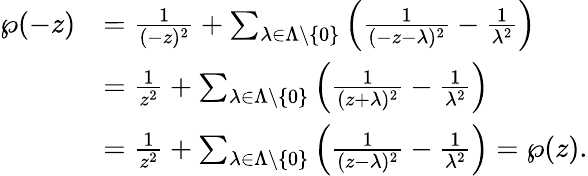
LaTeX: {\begin{array}{rl}{\wp(-z)}&{={\frac{1}{(-z)^{2}}}+\sum_{\lambda\in\Lambda\setminus\{ 0\} }\left({\frac{1}{(-z-\lambda)^{2}}}-{\frac{1}{\lambda^{2}}}\right)}\\ &{={\frac{1}{z^{2}}}+\sum_{\lambda\in\Lambda\setminus\{ 0\} }\left({\frac{1}{(z+\lambda)^{2}}}-{\frac{1}{\lambda^{2}}}\right)}\\ &{={\frac{1}{z^{2}}}+\sum_{\lambda\in\Lambda\setminus\{ 0\} }\left({\frac{1}{(z-\lambda)^{2}}}-{\frac{1}{\lambda^{2}}}\right)=\wp(z).}\end{array}}